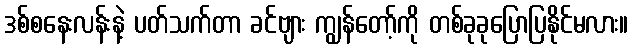
ဒစ်စနေးလန်းနဲ့ ပတ်သက်တာ ခင်ဗျား ကျွန်တော့်ကို တစ်ခုခုပြောပြနိုင်မလား။